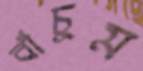
বাঁচুম